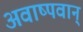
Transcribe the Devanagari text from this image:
अवाष्पवान्‌